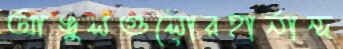
আঙুলগুলোরহার্নান্দ